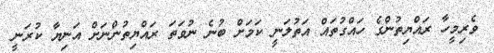
ވެރިމީހާ ރައްޔިތުންގެ ހައްގުތައް އަތުލަނީ ކަމަށް ބުނެ ނުވަތަ ރައްޔިތުންނަށް އަނިޔާ ކުރަނީ